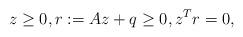
LaTeX: \begin{align*}z\geq 0, r:= Az + q\geq 0, z^{T}r=0,\end{align*}